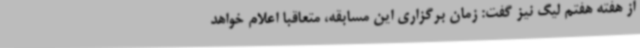
از هفته هفتم لیگ نیز گفت: زمان برگزاری این مسابقه، متعاقبا اعلام خواهد